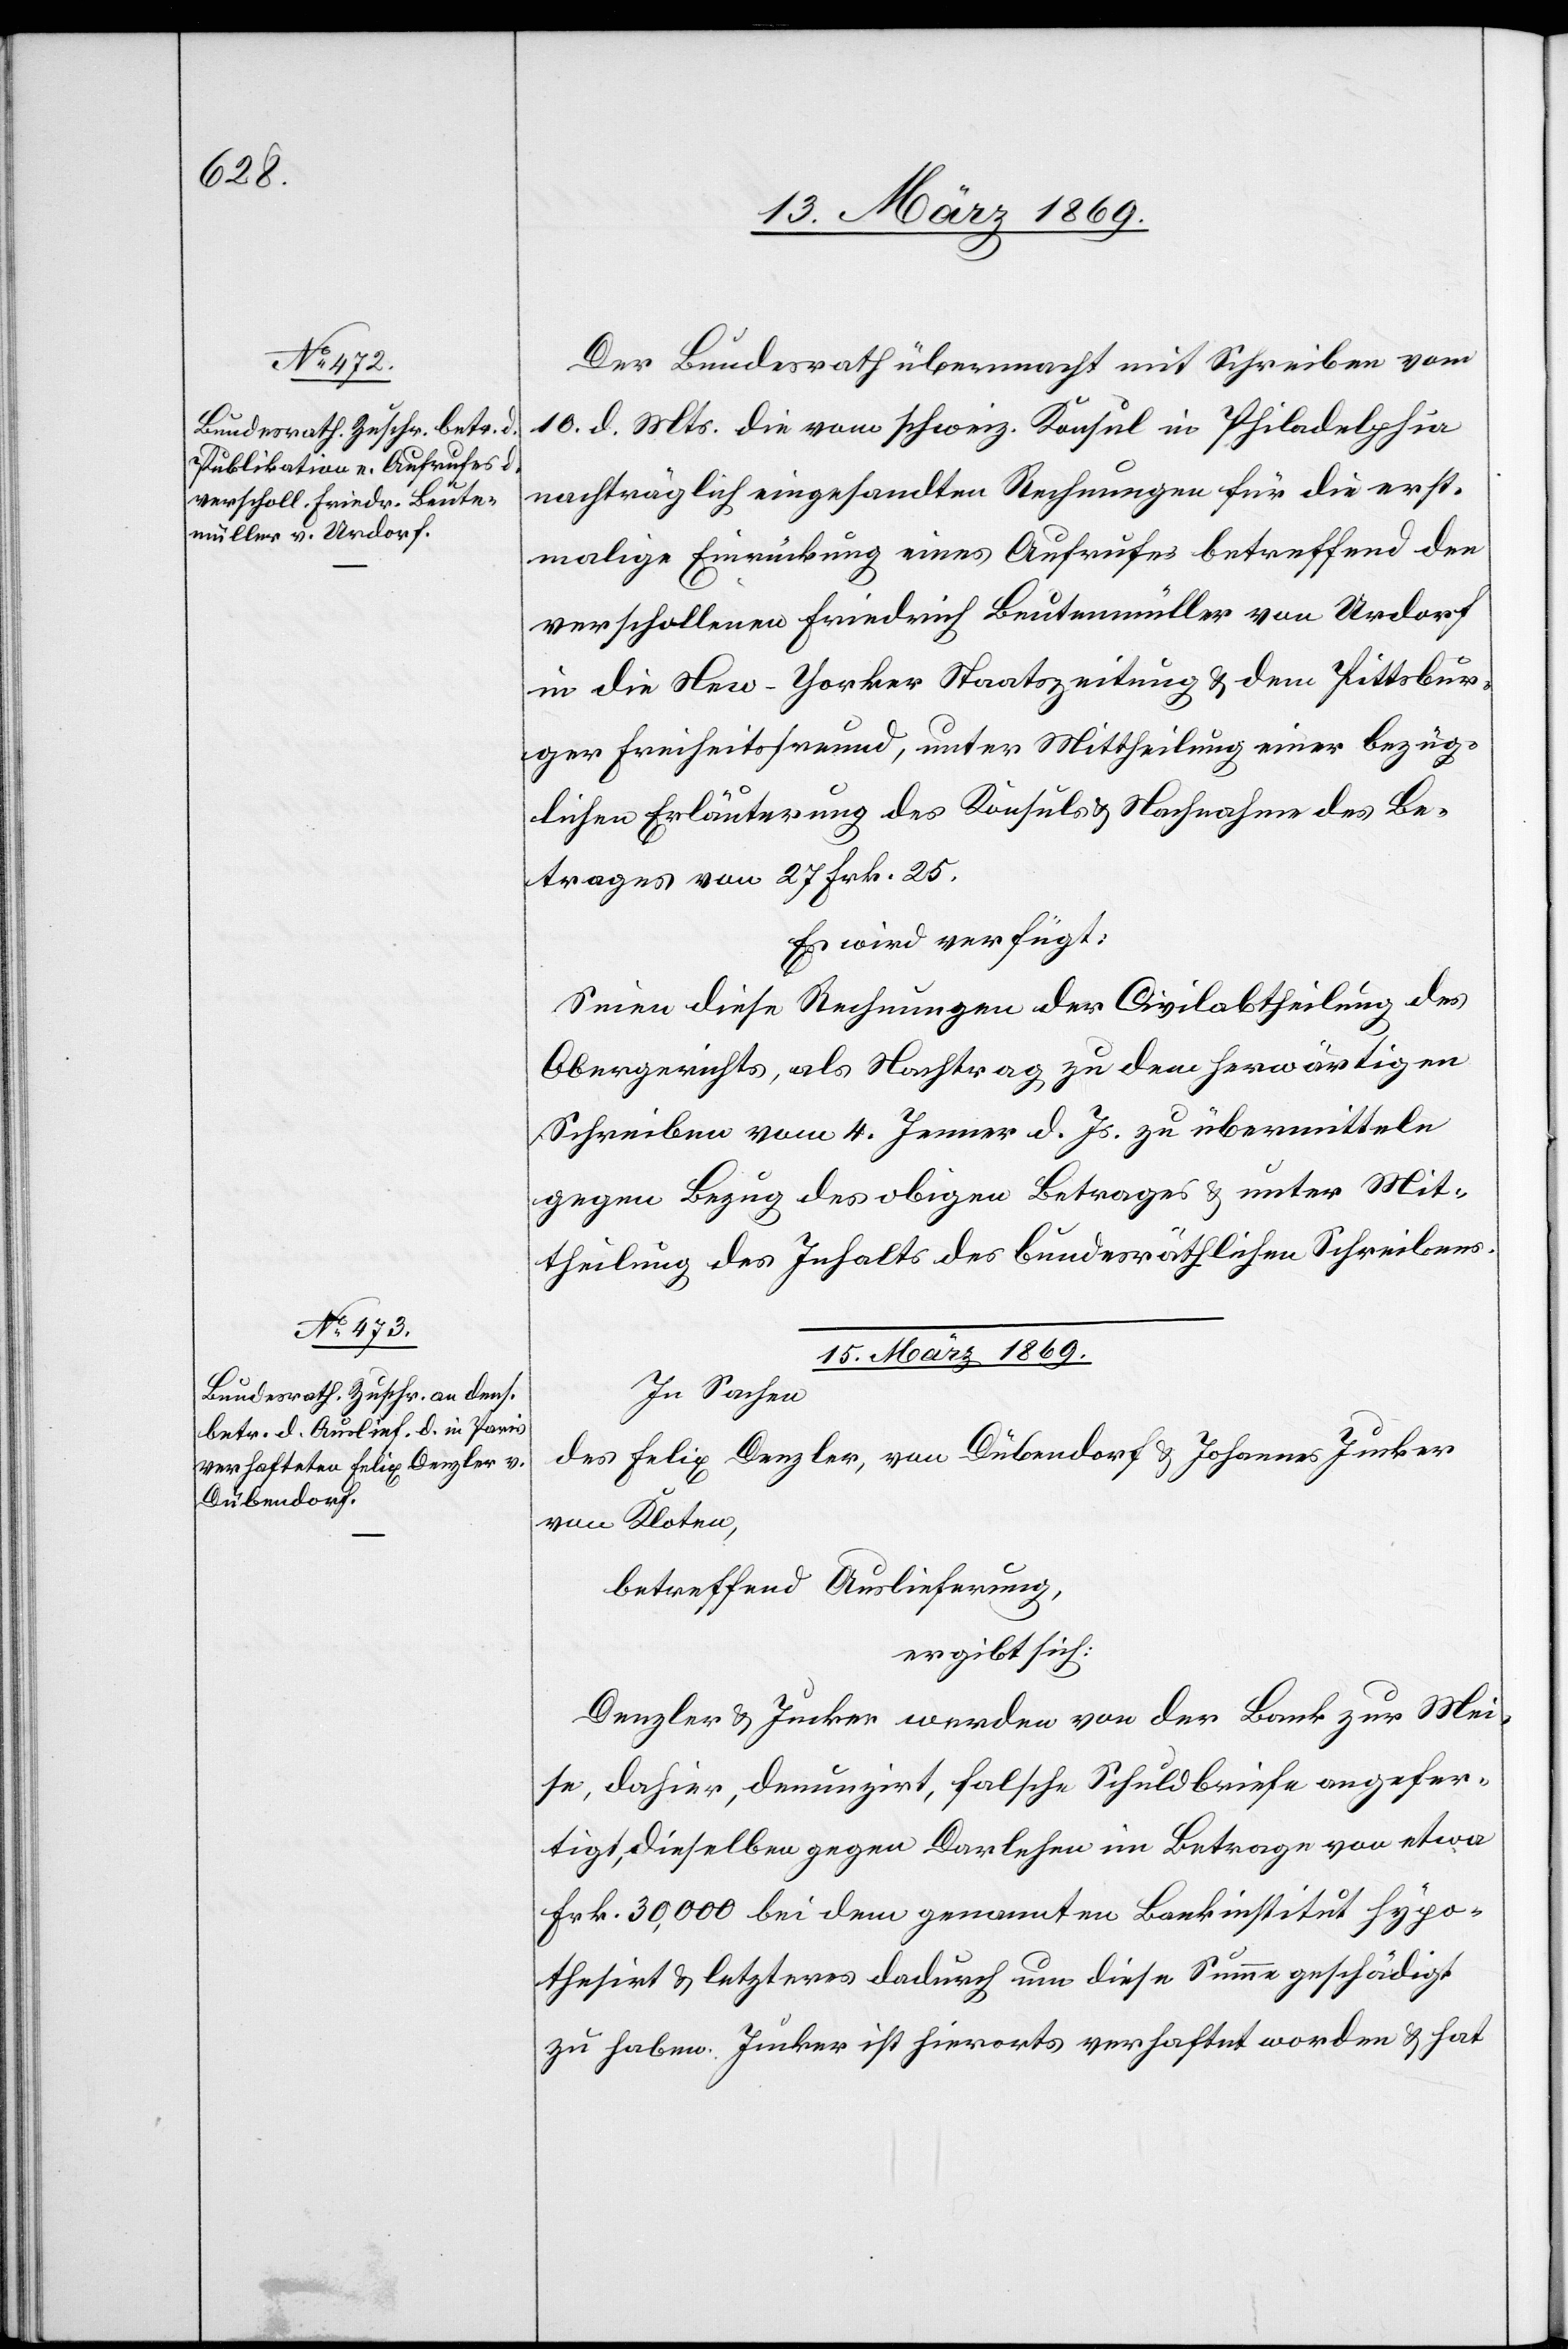
14. März 1869.]
Der Bundesrath übermacht mit Schreiben vom
10. d. Mts. die vom schweiz. Konsul in Philadelphia
nachträglich eingesandten Rechnungen für die erst¬
malige Einrückung eines Aufrufes betreffend den
verschollenen Friedrich Leutemüller von Urdorf
in die New-Yorker Staatszeitung & dem Pittbur¬
ger Freiheitsfreund, unter Mittheilung einer bezüg¬
lichen Erläuterung des Konsuls & Nachnahme des Be¬
trages von 27 Frk. 25.
Es wird verfügt:
Seien diese Rechnungen der Civilabtheilung des
Obergerichtes, als Nachtrag zu den herwärtigen
Schreiben vom 4. Jenner d. Js. zu übermitteln
gegen Bezug des obigen Betrages & unter Mit¬
theilung des Inhalts des bundesräthlichen Schreibens.
15. März 1869.
In Sachen
des Felix Denzler, von Dübendorf & Johannes Jucker
von Kloten,
betreffend Auslieferung,
ergibt sich:
Denzler & Jucker werden von der Bank zur Mei¬
se, dahier, denunzirt, falsche Schuldscheine angefer¬
tigt, dieselben gegen Darlehen im Betrage von etwa
Frk. 30,000 bei dem genannten Bankinstitut hypo¬
thesirt & letzteres dadurch um diese Summe geschädigt
zu haben. Jucker ist hierorts verhaftet worden & hat